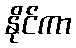
နိုင်ကာ